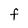
Character: F